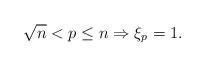
LaTeX: \begin{align*}\sqrt{n}<p\leq n\Rightarrow \xi_{p} = 1.\end{align*}